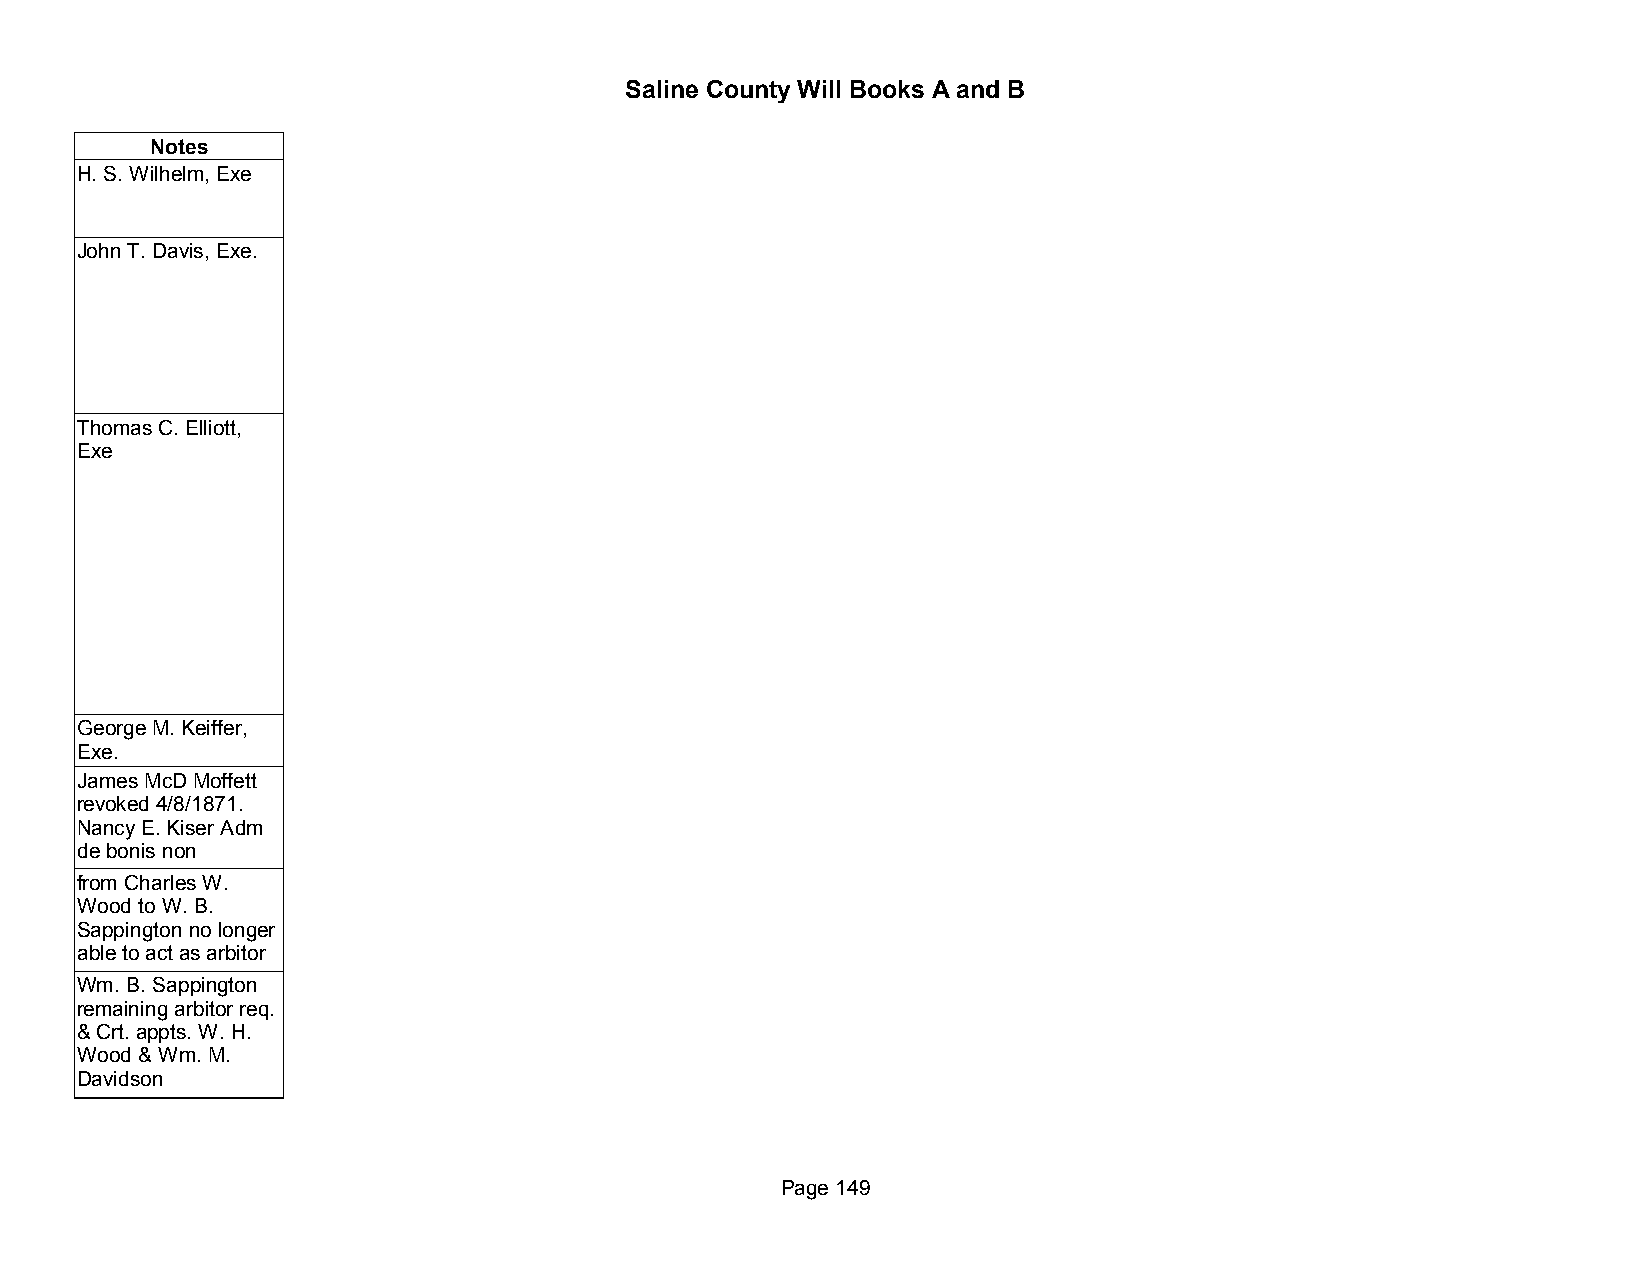
Saline County Will Books A and B
 Notes
 H. S. Wilhelm, Exe
 John T. Davis, Exe.
 Thomas C. Elliott,
 Exe
 George M. Keiffer,
 Exe.
 James McD Moffett
 revoked 4/8/1871.
 Nancy E. Kiser Adm
 de bonis non
 from Charles W.
 Wood to W. B.
 Sappington no longer
 able to act as arbitor
 Wm. B. Sappington
 remaining arbitor req.
 & Crt. appts. W. H.
 Wood & Wm. M.
 Davidson
 Page 149